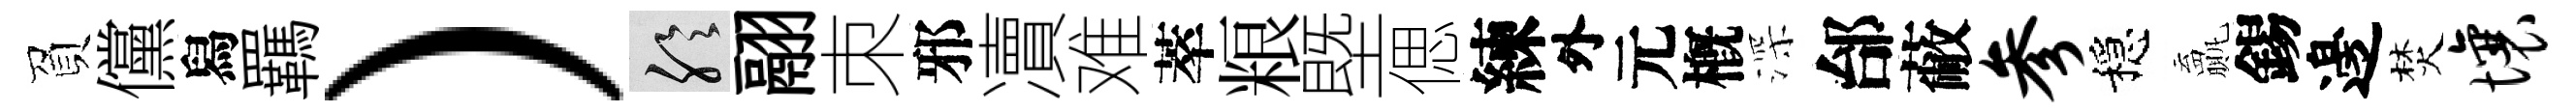
負儻舄羈）聆翮朿邪凟难萃粮塈偲練外元槪深邰蔽参穩贏錫邊焚壤